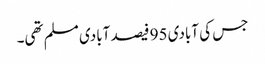
جس کی آبادی 95 فیصد آبادی مسلم تھی۔